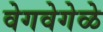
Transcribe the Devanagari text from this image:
वेगवेगेळे